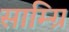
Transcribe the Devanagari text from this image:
साम्ग्रि